Vaccination North-Western Provinces and Oudh 1896-1901 - 1896-1901
Year: 1896
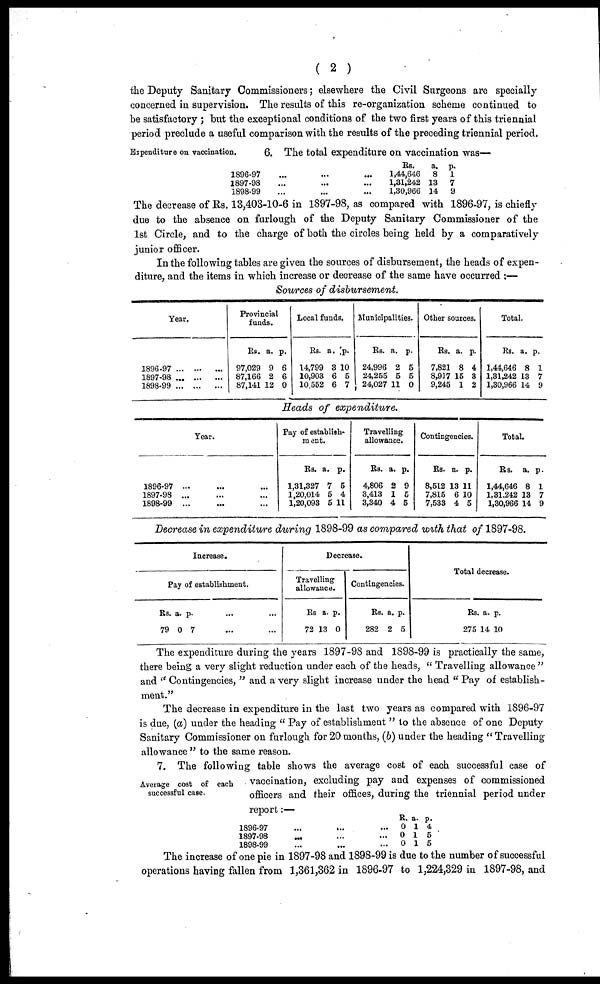
( 2 )
the Deputy Sanitary Commissioners; elsewhere the Civil Surgeons are specially
concerned in supervision. The results of this re-organization scheme continued to
be satisfactory ; but the exceptional conditions of the two first years of this triennial
period preclude a useful comparison with the results of the preceding triennial period.
Expenditure on vaccination.
6. The total expenditure on vaccination was—
1896-97
1897-98
1898-99
Rs.
1,44,646
1,31,242
1,30,966
a.
8
13
14
p.
1
7
9
The decrease of Rs. 13,403-10-6 in 1897-98, as compared with 1896-97, is chiefly
due to the absence on furlough of the Deputy Sanitary Commissioner of the
1st Circle, and to the charge of both the circles being held by a comparatively
junior officer.
In the following tables are given the sources of disbursement, the heads of expen-
diture, and the items in which increase or decrease of the same have occurred ;—
Sources of disbursement.
Year.
1896-97 ... ... ...
1897-98 ... ... ...
1898-99 ... ... ...
Provincial
funds.
Rs.
97,029
87,166
87,141
a.
9
2
12
p.
6
6
0
Local funds.
Rs.
14,799
10,903
10,552
a.
3
6
6
p.
10
5
7
Municipalities.
Rs.
24,996
24,255
24,027
a.
2
5
11
p.
5
5
0
Other sources.
Rs.
7,821
8,917
9,245
a.
8
15
1
p.
4
3
2
Total.
Rs.
1,44,646
1,31,242
1,30,966
a.
8
13
14
p.
1
7
9
Heads of expenditure.
Year.
1896-97 ... ... ...
1897-98 ... ... ...
1898-99 ... ... ...
Pay of establish-
ment.
Rs.
1,31,327
1,20,014
1,20,093
a.
7
5
5
p.
5
4
11
Travelling
allowance.
Rs.
4,806
3,413
3,340
a.
2
1
4
p.
9
5
5
Contingencies.
Rs.
8,512
7,815
7,533
a.
13
6
4
p.
11
10
5
Total.
Rs.
1,44,646
1,31,242
1,30,966
a.
8
13
14
p.
1
7
9
Decrease in expenditure during 1898-99 as compared with that of 1897-98.
Increase.
Pay of establishment.
Rs.
79
a.
0
p.
7
...
...
Decrease.
Travelling
allowance.
Rs
72
a.
13
p.
0
Contingencies.
Rs.
282
a.
2
p.
5
Total decrease.
Rs.
275
a.
14
p.
10
The expenditure during the years 1897-98 and 1898-99 is practically the same,
there being a very slight reduction under each of the heads, " Travelling allowance "
and ''Contingencies, " and a very slight increase under the head "Pay of establish-
ment."
The decrease in expenditure in the last two years as compared with 1896-97
is due, (a) under the heading " Pay of establishment " to the absence of one Deputy
Sanitary Commissioner on furlough for 20 months, (b) under the heading " Travelling
allowance " to the same reason.
Average cost of each
successful case.
7. The following table shows the average cost of each successful case of
vaccination, excluding pay and expenses of commissioned
officers and their offices, during the triennial period under
report:—
1896-97
1897-98
1898-99
R.
0
0
0
a.
1
1
1
p.
4
5
5
The increase of one pie in 1897-98 and 1898-99 is due to the number of successful
operations having fallen from 1,361,362 in 1896-97 to 1,224,329 in 1897-98, and